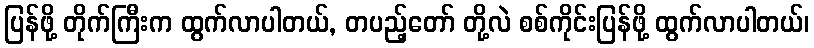
ပြန်ဖို့ တိုက်ကြီးက ထွက်လာပါတယ်, တပည့်တော် တို့လဲ စစ်ကိုင်းပြန်ဖို့ ထွက်လာပါတယ်၊